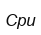
Сри